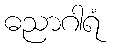
ဓညာဂါရံ